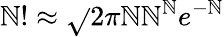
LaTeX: \mathbb{N}!\approx{\sqrt{}{{2\pi\mathbb{N}}}}\mathbb{N}^{\mathbb{N}}e^{-\mathbb{N}}